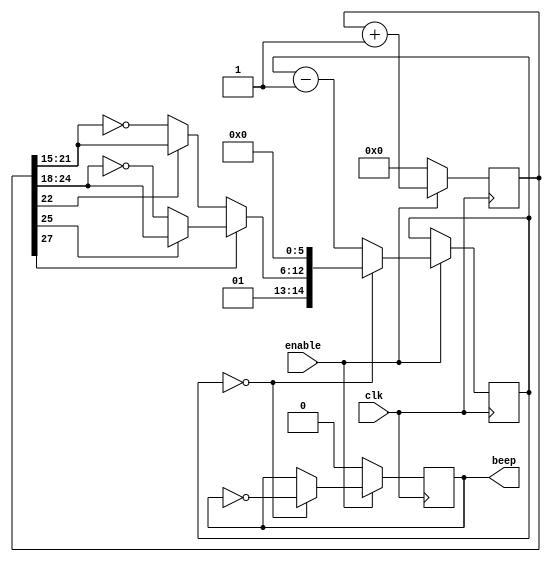
module beep(clk,enable,beep);

input clk;
input enable;

output beep;

reg beep;

reg[27:0]tone;

reg[14:0]counter;

always@(posedge clk)

begin

if(enable==1)
	tone<=tone+1;

else
	tone=0;

end

wire[6:0]fastsweep=(tone[22]?tone[21:15]:~tone[21:15]);

wire[6:0]slowsweep=(tone[25]?tone[24:18]:~tone[24:18]);

wire[14:0]clkdivider={2'b01,(tone[27]?slowsweep:fastsweep),6'b000000};
always@(posedge clk)

begin

if(enable==1)
	if(counter==0) counter<=clkdivider;

	else counter<=counter-1;
else
	;

end

always@(posedge clk)

begin


if(enable==0)

beep=0;

else if(counter==0)

beep<=~beep;

end




endmodule